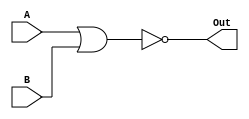
module nor1bit(Out, A, B);
	output Out;
	input A, B;
	parameter delay = 50;

	nor #delay nor0(Out, A, B);

endmodule

module nor2bit(Out, A, B);
	output [1:0] Out;
	input [1:0] A, B;
	wire [1:0] z;
	parameter delay = 50;

	nor1bit nor0(Out[0], A[0], B[0]);
	nor1bit nor1(Out[1], A[1], B[1]);
	
endmodule


module nor4bit(Out, A, B);
	output [3:0] Out;
	input [3:0] A, B;
	parameter delay = 50;

	nor2bit nor2_0(Out[1:0], A[1:0], B[1:0]);	
	nor2bit nor2_1(Out[3:2], A[3:2], B[3:2]);
	
endmodule

module nor8bit(Out, A, B);
	output [7:0] Out;
	input [7:0] A, B;
	parameter delay = 50;

	nor4bit nor2_0(Out[3:0], A[3:0], B[3:0]);	
	nor4bit nor2_1(Out[7:4], A[7:4], B[7:4]);
	
endmodule

module nor16bit(Out, A, B);
	output [15:0] Out;
	input [15:0] A, B;
	parameter delay = 50;

	nor8bit nor2_0(Out[7:0], A[7:0], B[7:0]);	
	nor8bit nor2_1(Out[15:8], A[15:8], B[15:8]);
	
endmodule

module nor32bit(Out, A, B);
	output [31:0] Out;
	input [31:0] A, B;
	parameter delay = 50;

	nor16bit nor2_0(Out[15:0], A[15:0], B[15:0]);	
	nor16bit nor2_1(Out[31:16], A[31:16], B[31:16]);
	
endmodule